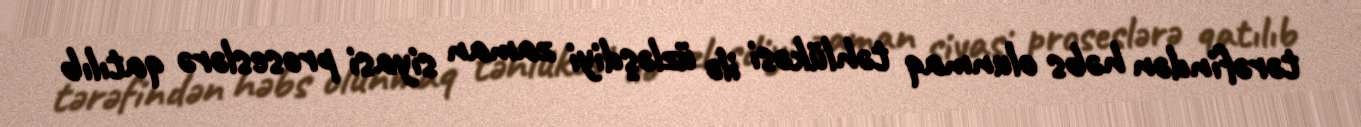
tərəfindən həbs olunmaq təhlükəsi ilə üzləşdiyi zaman siyasi proseslərə qatılıb